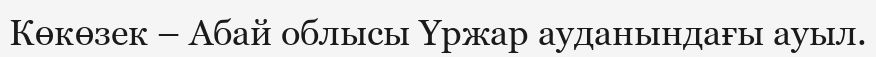
Көкөзек – Абай облысы Үржар ауданындағы ауыл.